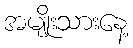
အမျိုးသားနေ့